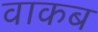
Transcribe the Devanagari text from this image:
वाकब